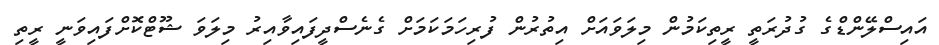
އައިސްލޭންޑްގެ ގުދުރަތީ ރީތިކަމުން މިލަވައަށް އިތުރުން ފުރިހަމަކަމަށް ގެނެސްދީފައިވާއިރު މިލަވަ ޝޫޓްކޮށްފައިވަނީ ރީތި